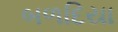
બળદિયા